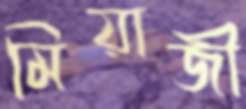
মিয়াজী